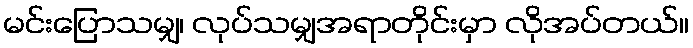
မင်းပြောသမျှ၊ လုပ်သမျှအရာတိုင်းမှာ လိုအပ်တယ်။